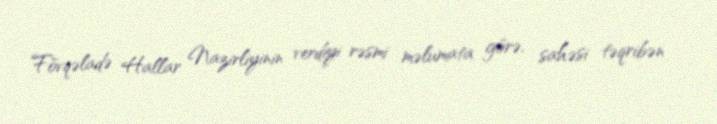
Fövqəladə Hallar Nazirliyinin verdiyi rəsmi məlumata görə, sahəsi təqribən